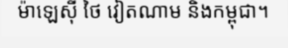
ម៉ាឡេស៊ី ថៃ វៀតណាម និងកម្ពុជា។